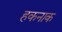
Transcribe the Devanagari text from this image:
हकनाक